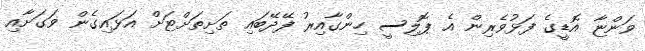
ވަންޏާ އޮޑީގެ ފަޅުވެރިން އެ ޕޮލިސީ ހިންގާއިރު ފޭދޭބައި ތަށިތަށްޓަށް އަޅައިގެން ވަގަށާއި